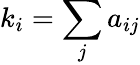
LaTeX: k_{i}=\sum_{j}a_{ij}